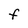
Character: F